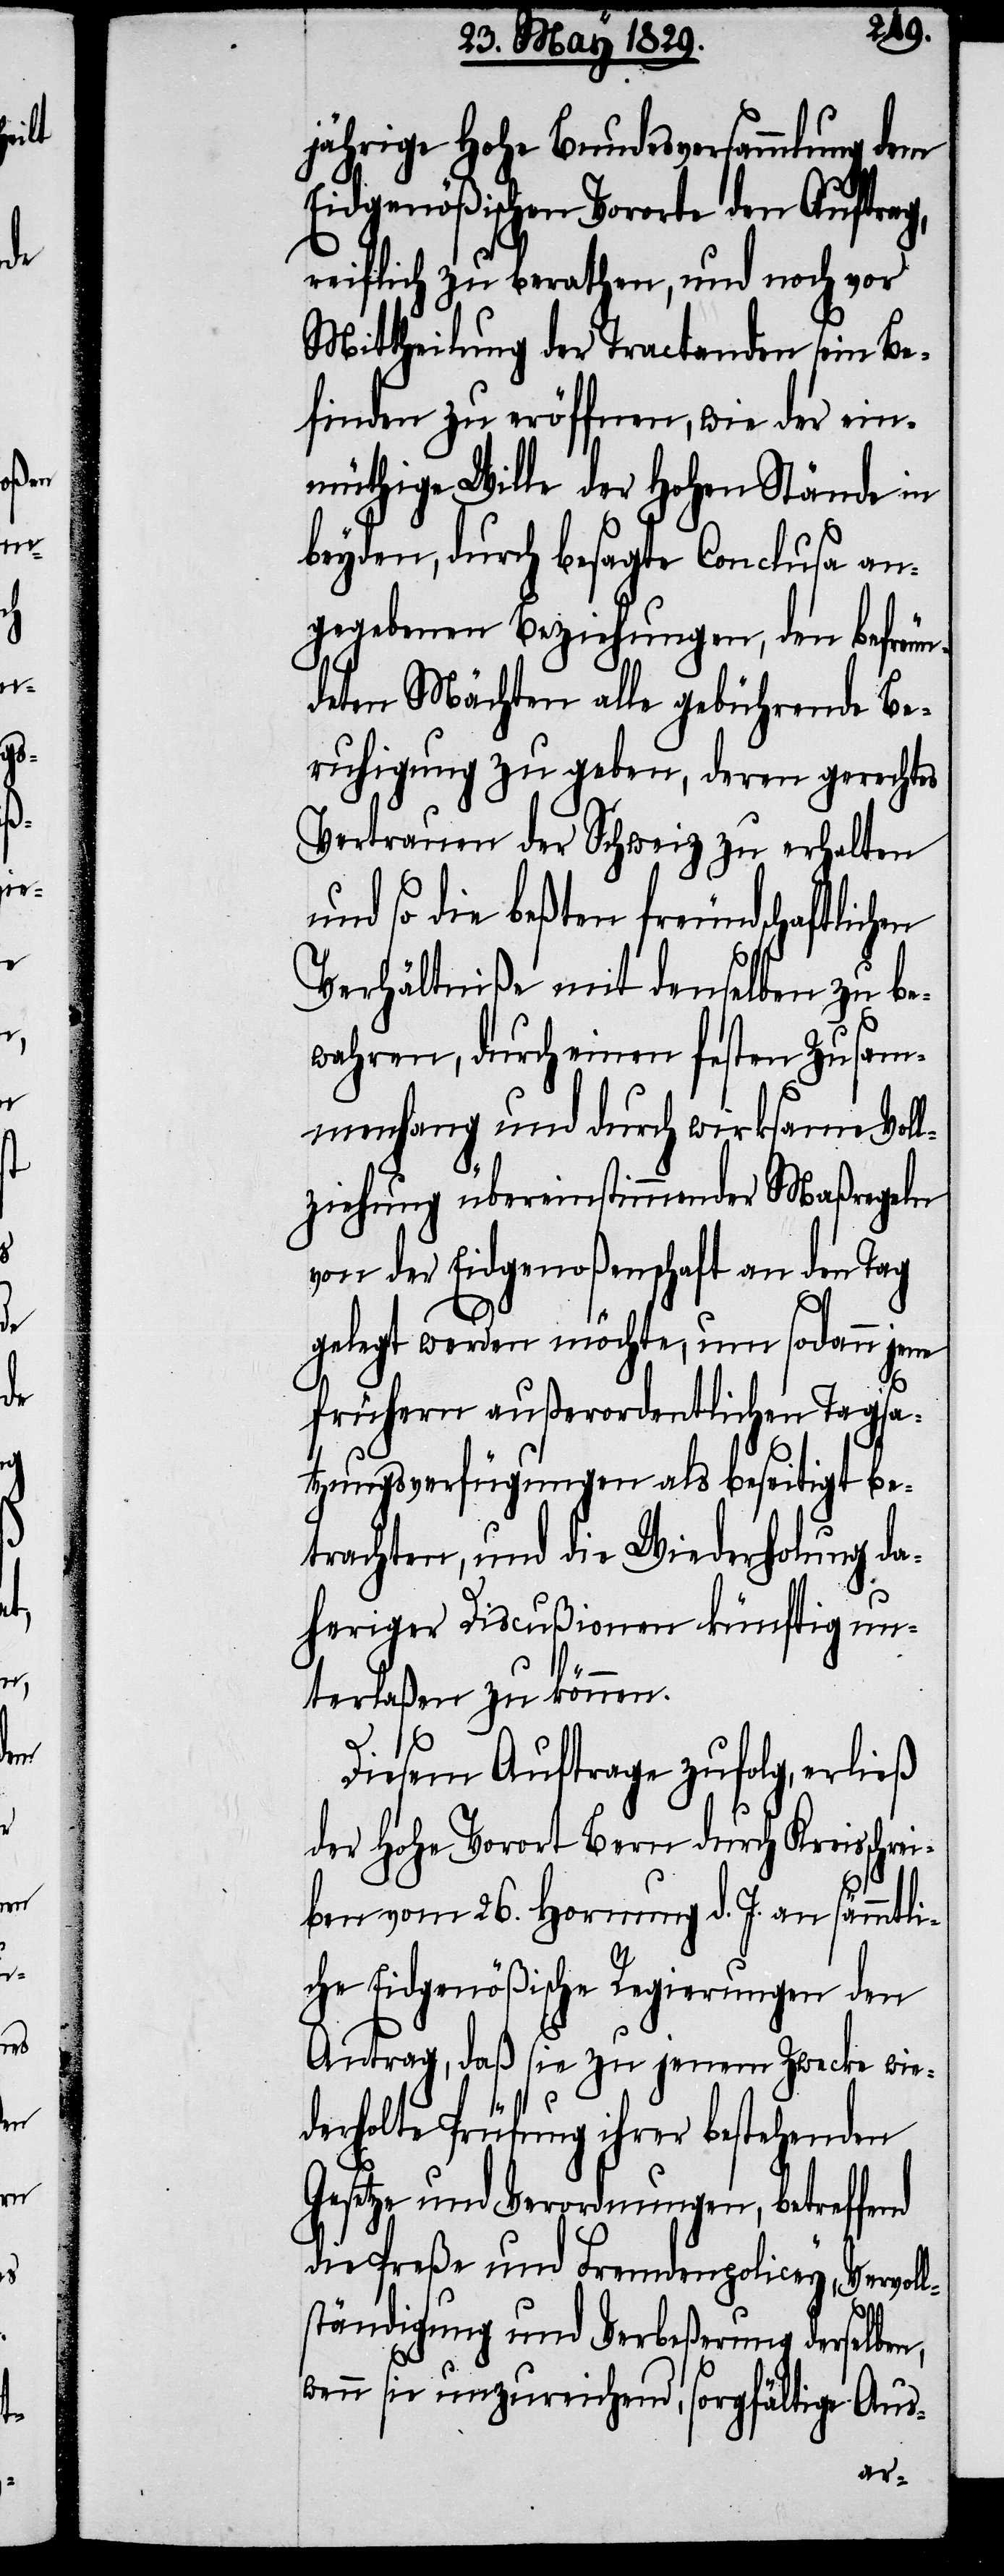
n,

jährige Hohe Bundesversammlung dem
Eidgenößischen Vororte den Auftrag,
reiflich zu berathen, und noch vor
Mittheilung der Tractanden sein Be¬
finden zu eröffnen, wie der ein¬
müthige Wille der Hohen Stände in
beyden, durch besagte Conclusa an¬
gegebenen Beziehungen, den befreun¬
deten Mächten alle gebührende Be¬
ruhigung zu geben, deren gerechtes
Vertrauen der Schweiz zu erhalten
und so die beßten freundschaftlichen
Verhältniße mit denselben zu be¬
wahren, durch einen festen Zusam¬
menhang und durch wirksame Voll¬
ziehung übereinstimmender Maßregeln
von der Eidgenoßenschaft an den Tag
gelegt werden möchte, um sodann jene
frühern außerordentlichen Tagsa¬
tzungsverfügungen als beseitigt be¬
trachten, und die Wiederholung da¬
heriger Discußionen künftig un¬
terlaßen zu können.
Diesem Auftrage zufolg, erließ
der Hohe Vorort Bern durch Kreisschr¬
eiben vom 26. Hornung d. J. an sämmtli¬
che Eidgenößische Regierungen den
Antrag, daß sie zu jenem Zwecke wie¬
derholte Prüfung ihrer bestehenden
Gesetze und Verordnungen, betreffe¬
die Preße und Fremdenpolicey, Vervoll¬
ständigung und Verbeßerung derselbe¬
wenn sie unzureichend, sorgfältige Aus-